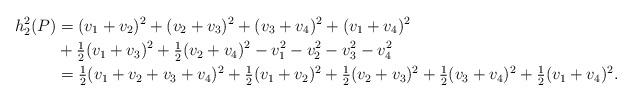
LaTeX: \begin{align*} h_2^2(P) &= (v_1+v_2)^{2} + (v_2+v_3)^{2} + (v_3+v_4)^{2} + (v_1+v_4)^{2}\\ &+\tfrac{1}{2}(v_1+v_3)^{2} +\tfrac{1}{2}(v_2+v_4)^{2} - v_1^{2}- v_2^{2}- v_3^{2}- v_4^{2} \\ &=\tfrac{1}{2}(v_1+v_2+v_3+v_4)^{2}+\tfrac{1}{2}(v_1+v_2)^{2} +\tfrac{1}{2}(v_2+v_3)^{2}+\tfrac{1}{2}(v_3+v_4)^{2}+\tfrac{1}{2}(v_1+v_4)^{2}. \end{align*}